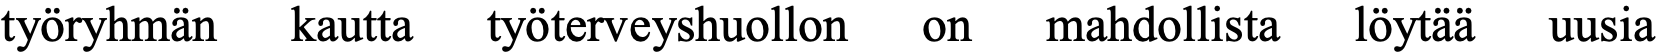
työryhmän kautta työterveyshuollon on mahdollista löytää uusia